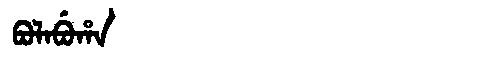
Manchu: ᠪᠣᠯᠠᠪᡠᡥᠠ
Romanization: BOLABUHA